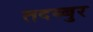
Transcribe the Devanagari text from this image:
तदब्बुर